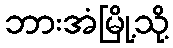
ဘားအံမြို့သို့